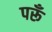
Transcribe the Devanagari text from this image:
परूँ